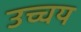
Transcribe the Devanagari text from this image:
उच्चय